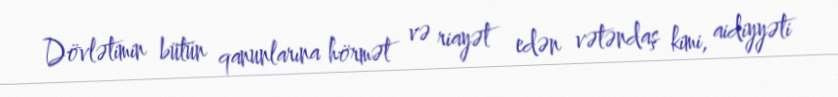
Dövlətimin bütün qanunlarına hörmət və riayət edən vətəndaş kimi, aidiyyəti